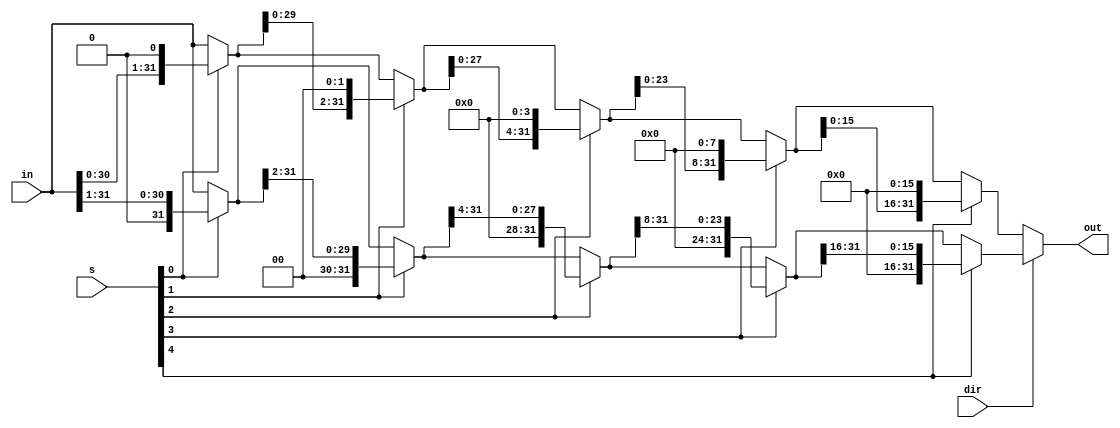
`timescale 1ns / 1ps

module barrel_shifter(
	input [31:0] in, input [4:0] s, input dir, 
	output [31:0] out
    );
	 
	wire[31:0] a, b, c, d, e;
	
	assign a = s[0] ? {in[30:0], 1'd0} : in;
	assign b = s[1] ? {a[29:0], 2'd0} : a;
	assign c = s[2] ? {b[27:0], 4'd0} : b;
	assign d = s[3] ? {c[23:0], 8'd0} : c;
	assign e = s[4] ? {d[15:0], 16'd0} : d;
	
	wire[31:0] a1, b1, c1, d1, e1;
	assign a1 = s[0] ? {1'd0,in[31:1]} : in;
	assign b1 = s[1] ? {2'd0,a1[31:2]} : a1;
	assign c1 = s[2] ? {4'd0, b1[31:4]} : b1;
	assign d1 = s[3] ? {8'd0, c1[31:8]} : c1;
	assign e1 = s[4] ? {16'd0, d1[31:16]} : d1;
	
	assign out = dir ? e1 : e;

endmodule